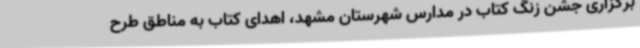
برگزاری جشن زنگ کتاب در مدارس شهرستان مشهد، اهدای کتاب به مناطق طرح